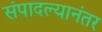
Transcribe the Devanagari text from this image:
संपादल्यानंतर